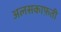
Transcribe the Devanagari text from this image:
अलसकाफ़ती